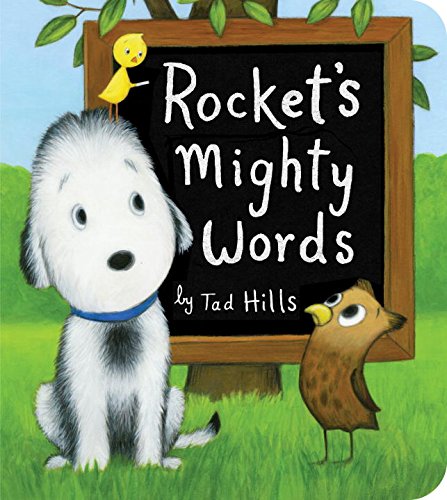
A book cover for Rocket's Mighty Words (Oversized Board Book); Tad Hills; Children's Books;